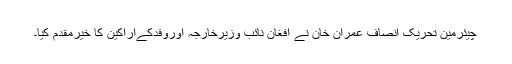
چیئرمین تحریک انصاف عمران خان نے افغان نائب وزیرخارجہ اوروفدکےاراکین کا خیرمقدم کیا۔